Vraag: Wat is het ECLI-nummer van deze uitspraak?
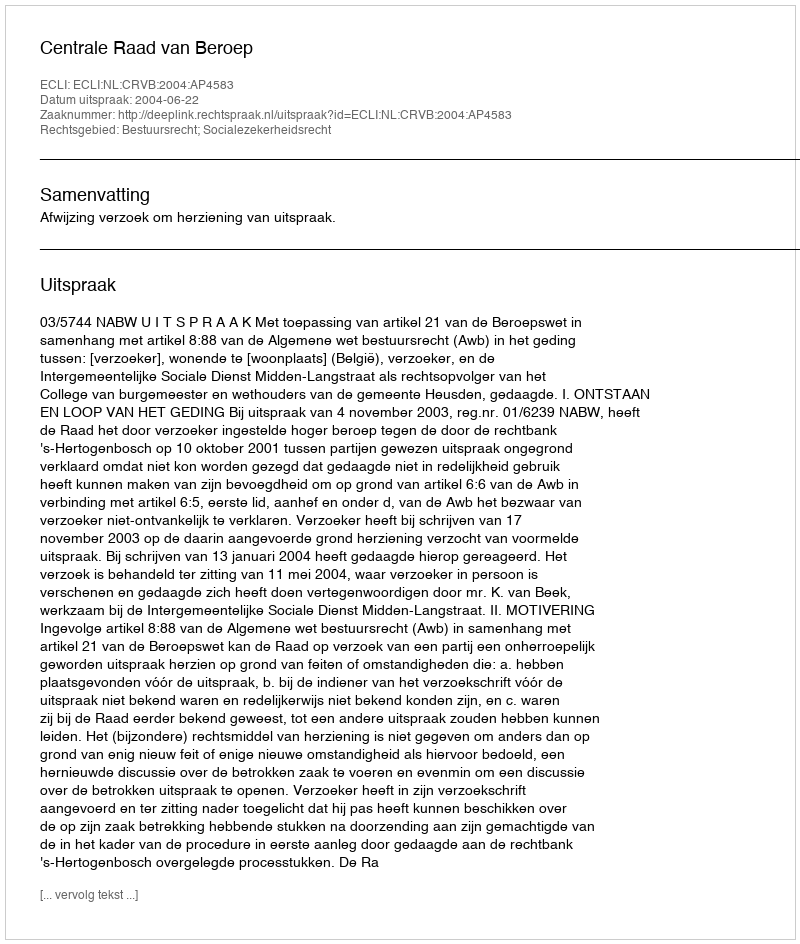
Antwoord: ECLI:NL:CRVB:2004:AP4583